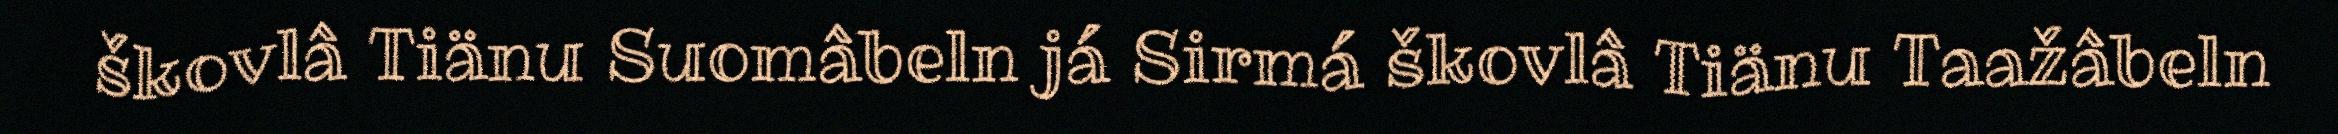
škovlâ Tiänu Suomâbeln já Sirmá škovlâ Tiänu Taažâbeln